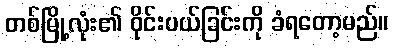
တစ်မြို့လုံး၏ ဝိုင်းပယ်ခြင်းကို ခံရတော့မည်။